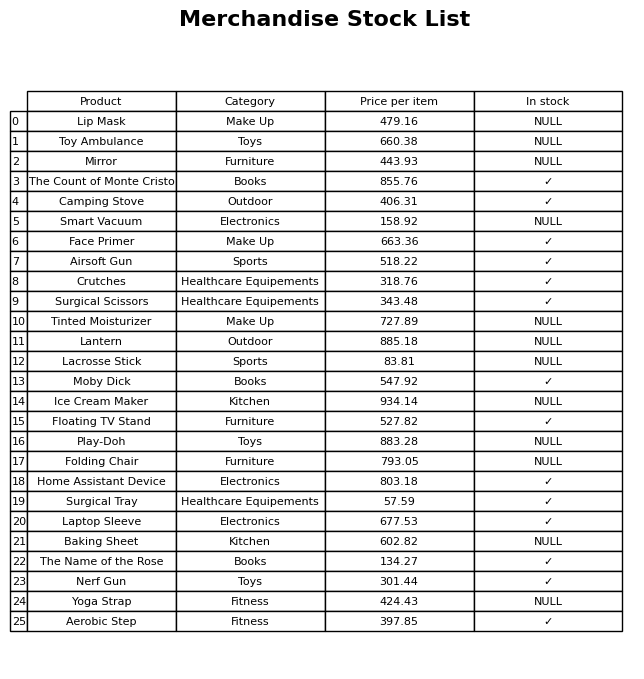
question: What is the price of the Crutches?
answer: The price of Crutches is 318.76.